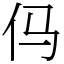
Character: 㐷